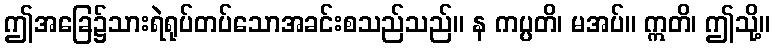
ဤအခြေ၌သားရဲရုပ်တပ်သောအခင်းစသည်သည်။ န ကပ္ပတိ၊ မအပ်။ ဣတိ၊ ဤသို့။